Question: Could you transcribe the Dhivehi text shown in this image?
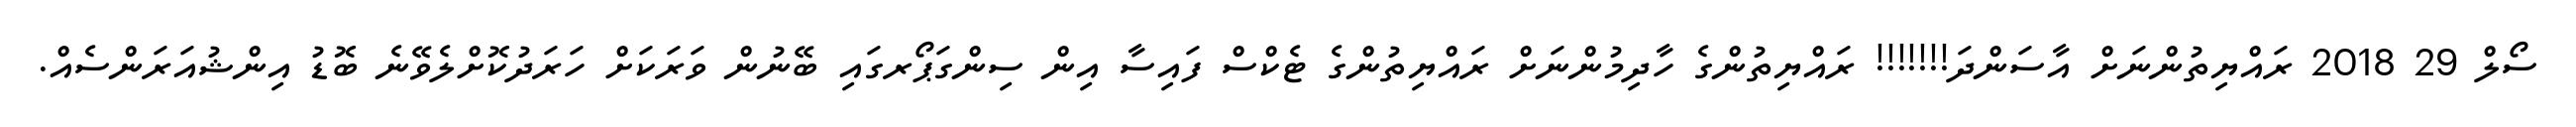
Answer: ސޯލް 29 2018 ރައްޔިތުންނަށް އާސަންދަ!!!!!!! ރައްޔިތުންގެ ހާދިމުންނަށް ރައްޔިތުންގެ ޓެކްސް ފައިސާ އިން ސިންގަޕޯރގައި ބޭނުން ވަރަކަށް ހަރަދުކޮށްލެވޭނެ ބޮޑު އިންޝުއަރަންސެއް.